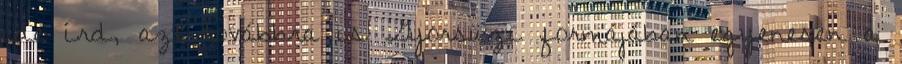
ide írd, azt továbbra is Gyorsüzi formájában egyenesen a